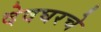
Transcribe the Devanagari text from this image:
देवघरचे